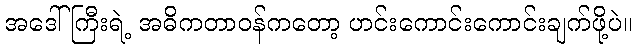
အဒေါ်ကြီးရဲ့ အဓိကတာဝန်ကတော့ ဟင်းကောင်းကောင်းချက်ဖို့ပဲ။